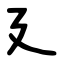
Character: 廴